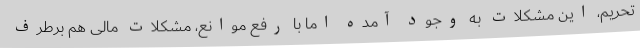
تحریم، این مشکلات به وجود آمده اما با رفع موانع، مشکلات مالی هم برطرف